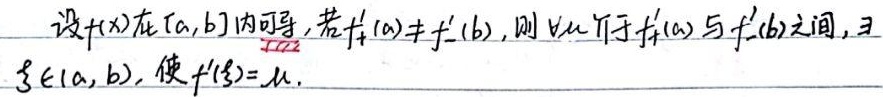
设\(f(x)\)在\([a,b]\)内可导。若\(f_{+}'(a)\neq f_{-}'(b)\)，则对任意介于\(f_{+}'(a)\)与\(f_{-}'(b)\)之间的\(\mu\)，存在\(\xi\in(a,b)\)，使\(f'(\xi)=\mu\)。